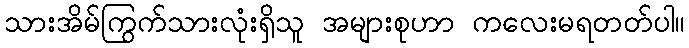
သားအိမ်ကြွက်သားလုံးရှိသူ အများစုဟာ ကလေးမရတတ်ပါ။